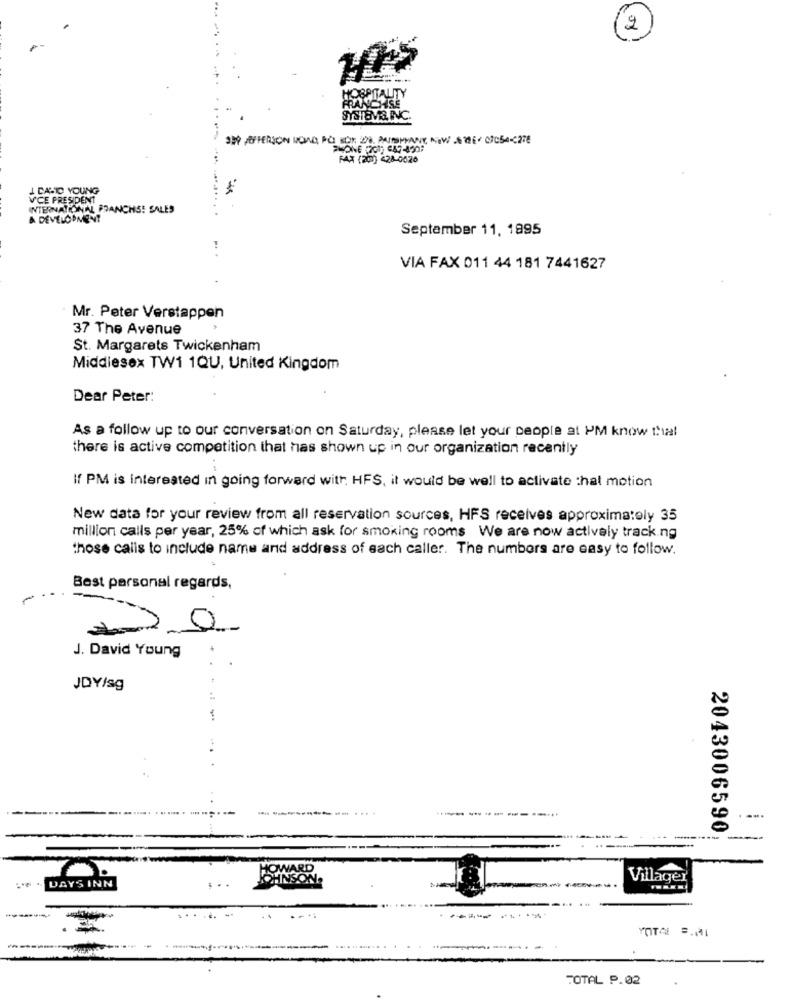
2
HOSPITAL
HTY
SYSTEMS, INC.
PHONE (20) 647-890:
FAX (20) 428-0020
J CAHO YOUNG
VICE PRESIDENT
INTERNATIONAL PRANCHS! SALES
& DEVELOPMENT
September 11, 1895
VIA FAX 011 44 181 7441627
Mr. Peter Verstappen
37 The Avenue
St. Margarets Twickenham
Middlesex TW1 1QU, United Kingdom
Dear Peter:
As a follow up to our conversation on Saturday, please let your people at PM know thul
there is active competition that has shown up in our organization recently
If PM is interested in going forward with. HFS, it would be well to activate :hat motion
New data for your review from all reservation sources, HFS receives approximately 35
million calls per year, 25% of which ask for smoking rooms We are now actively track.ng
those calls to include name and address of each caller. The numbers are easy to follow.
Best personal regards,
J. David Young
JDY/sg
--.
--
2043006590;
DAYS INN
JOHNSON.
Villager
..... ...
VOTA S.M1
TOTAL P.02